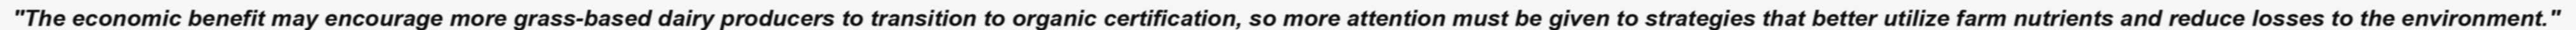
"The economic benefit may encourage more grass-based dairy producers to transition to organic certification, so more attention must be given to strategies that better utilize farm nutrients and reduce losses to the environment."